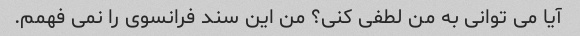
آیا می توانی به من لطفی کنی؟ من این سند فرانسوی را نمی فهمم.